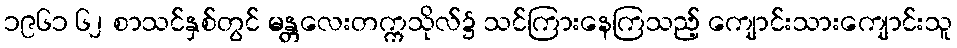
၁၉၆၁ ၆၂ စာသင်နှစ်တွင် မန္တလေးတက္ကသိုလ်၌ သင်ကြားနေကြသည့် ကျောင်းသားကျောင်းသူ